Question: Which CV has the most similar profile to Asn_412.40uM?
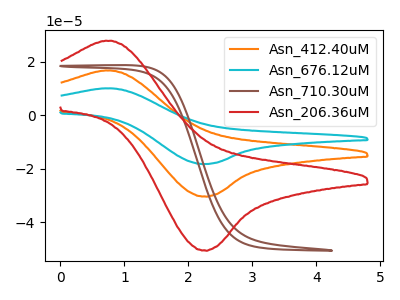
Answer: <think>The orange curve "Asn_412.40uM" has an anodic peak at (0.75V, 16.75uA) and a cathodic peak at (2.25V, -30.35uA). The cyan curve "Asn_676.12uM" has an anodic peak at (0.75V, 33.45uA) and a cathodic peak at (2.25V, -60.75uA). The brown curve "Asn_710.30uM" has no peaks. The red curve "Asn_206.36uM" has an anodic peak at (0.75V, 27.85uA) and a cathodic peak at (2.25V, -50.55uA).
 All the peaks in "Asn_412.40uM" have a peak in "Asn_676.12uM" at the same potential. Every peak in "Asn_412.40uM" is lower than every peak in "Asn_676.12uM". "Asn_412.40uM" and "Asn_710.30uM" have a different number of peaks. All the peaks in "Asn_412.40uM" have a peak in "Asn_206.36uM" at the same potential. Every peak in "Asn_412.40uM" is lower than every peak in "Asn_206.36uM". "Asn_676.12uM" and "Asn_710.30uM" have a different number of peaks. All the peaks in "Asn_676.12uM" have a peak in "Asn_206.36uM" at the same potential. Every peak in "Asn_676.12uM" is higher than every peak in "Asn_206.36uM". "Asn_710.30uM" and "Asn_206.36uM" have a different number of peaks.</think>
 <answer>"Asn_412.40uM" and "Asn_676.12uM" have a similar shape to "Asn_206.36uM".</answer>
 <eval>"Asn_412.40uM" "Asn_676.12uM"</eval>